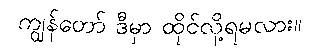
ကျွန်တော် ဒီမှာ ထိုင်လို့ရမလား။